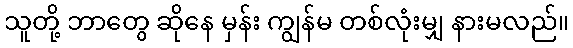
သူတို့ ဘာတွေ ဆိုနေ မှန်း ကျွန်မ တစ်လုံးမျှ နားမလည်။